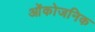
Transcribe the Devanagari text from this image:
ओंकोजनिक